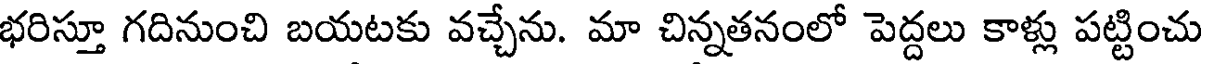
భరిస్తూ గదినుంచి బయటకు వచ్చేను. మా చిన్నతనంలో పెద్దలు కాళ్లు పట్టించు